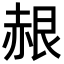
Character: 𬦂